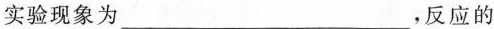
实验现象为___，反应的